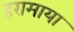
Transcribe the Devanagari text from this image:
हरामाया